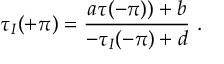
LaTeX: \tau _ { I } ( + \pi ) = \frac { a \tau ( - \pi ) ) + b } { - \tau _ { I } ( - \pi ) + d } ~ .